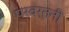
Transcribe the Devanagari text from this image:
परवर्तनी